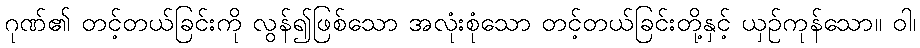
ဂုဏ်၏ တင့်တယ်ခြင်းကို လွန်၍ဖြစ်သော အလုံးစုံသော တင့်တယ်ခြင်းတို့နှင့် ယှဉ်ကုန်သော။ ဝါ၊